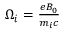
\begin{array} { r } { \Omega _ { i } = \frac { e B _ { 0 } } { m _ { i } c } } \end{array}